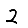
Digit: 2